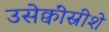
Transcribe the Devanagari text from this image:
उसेक्वींस्रीशे